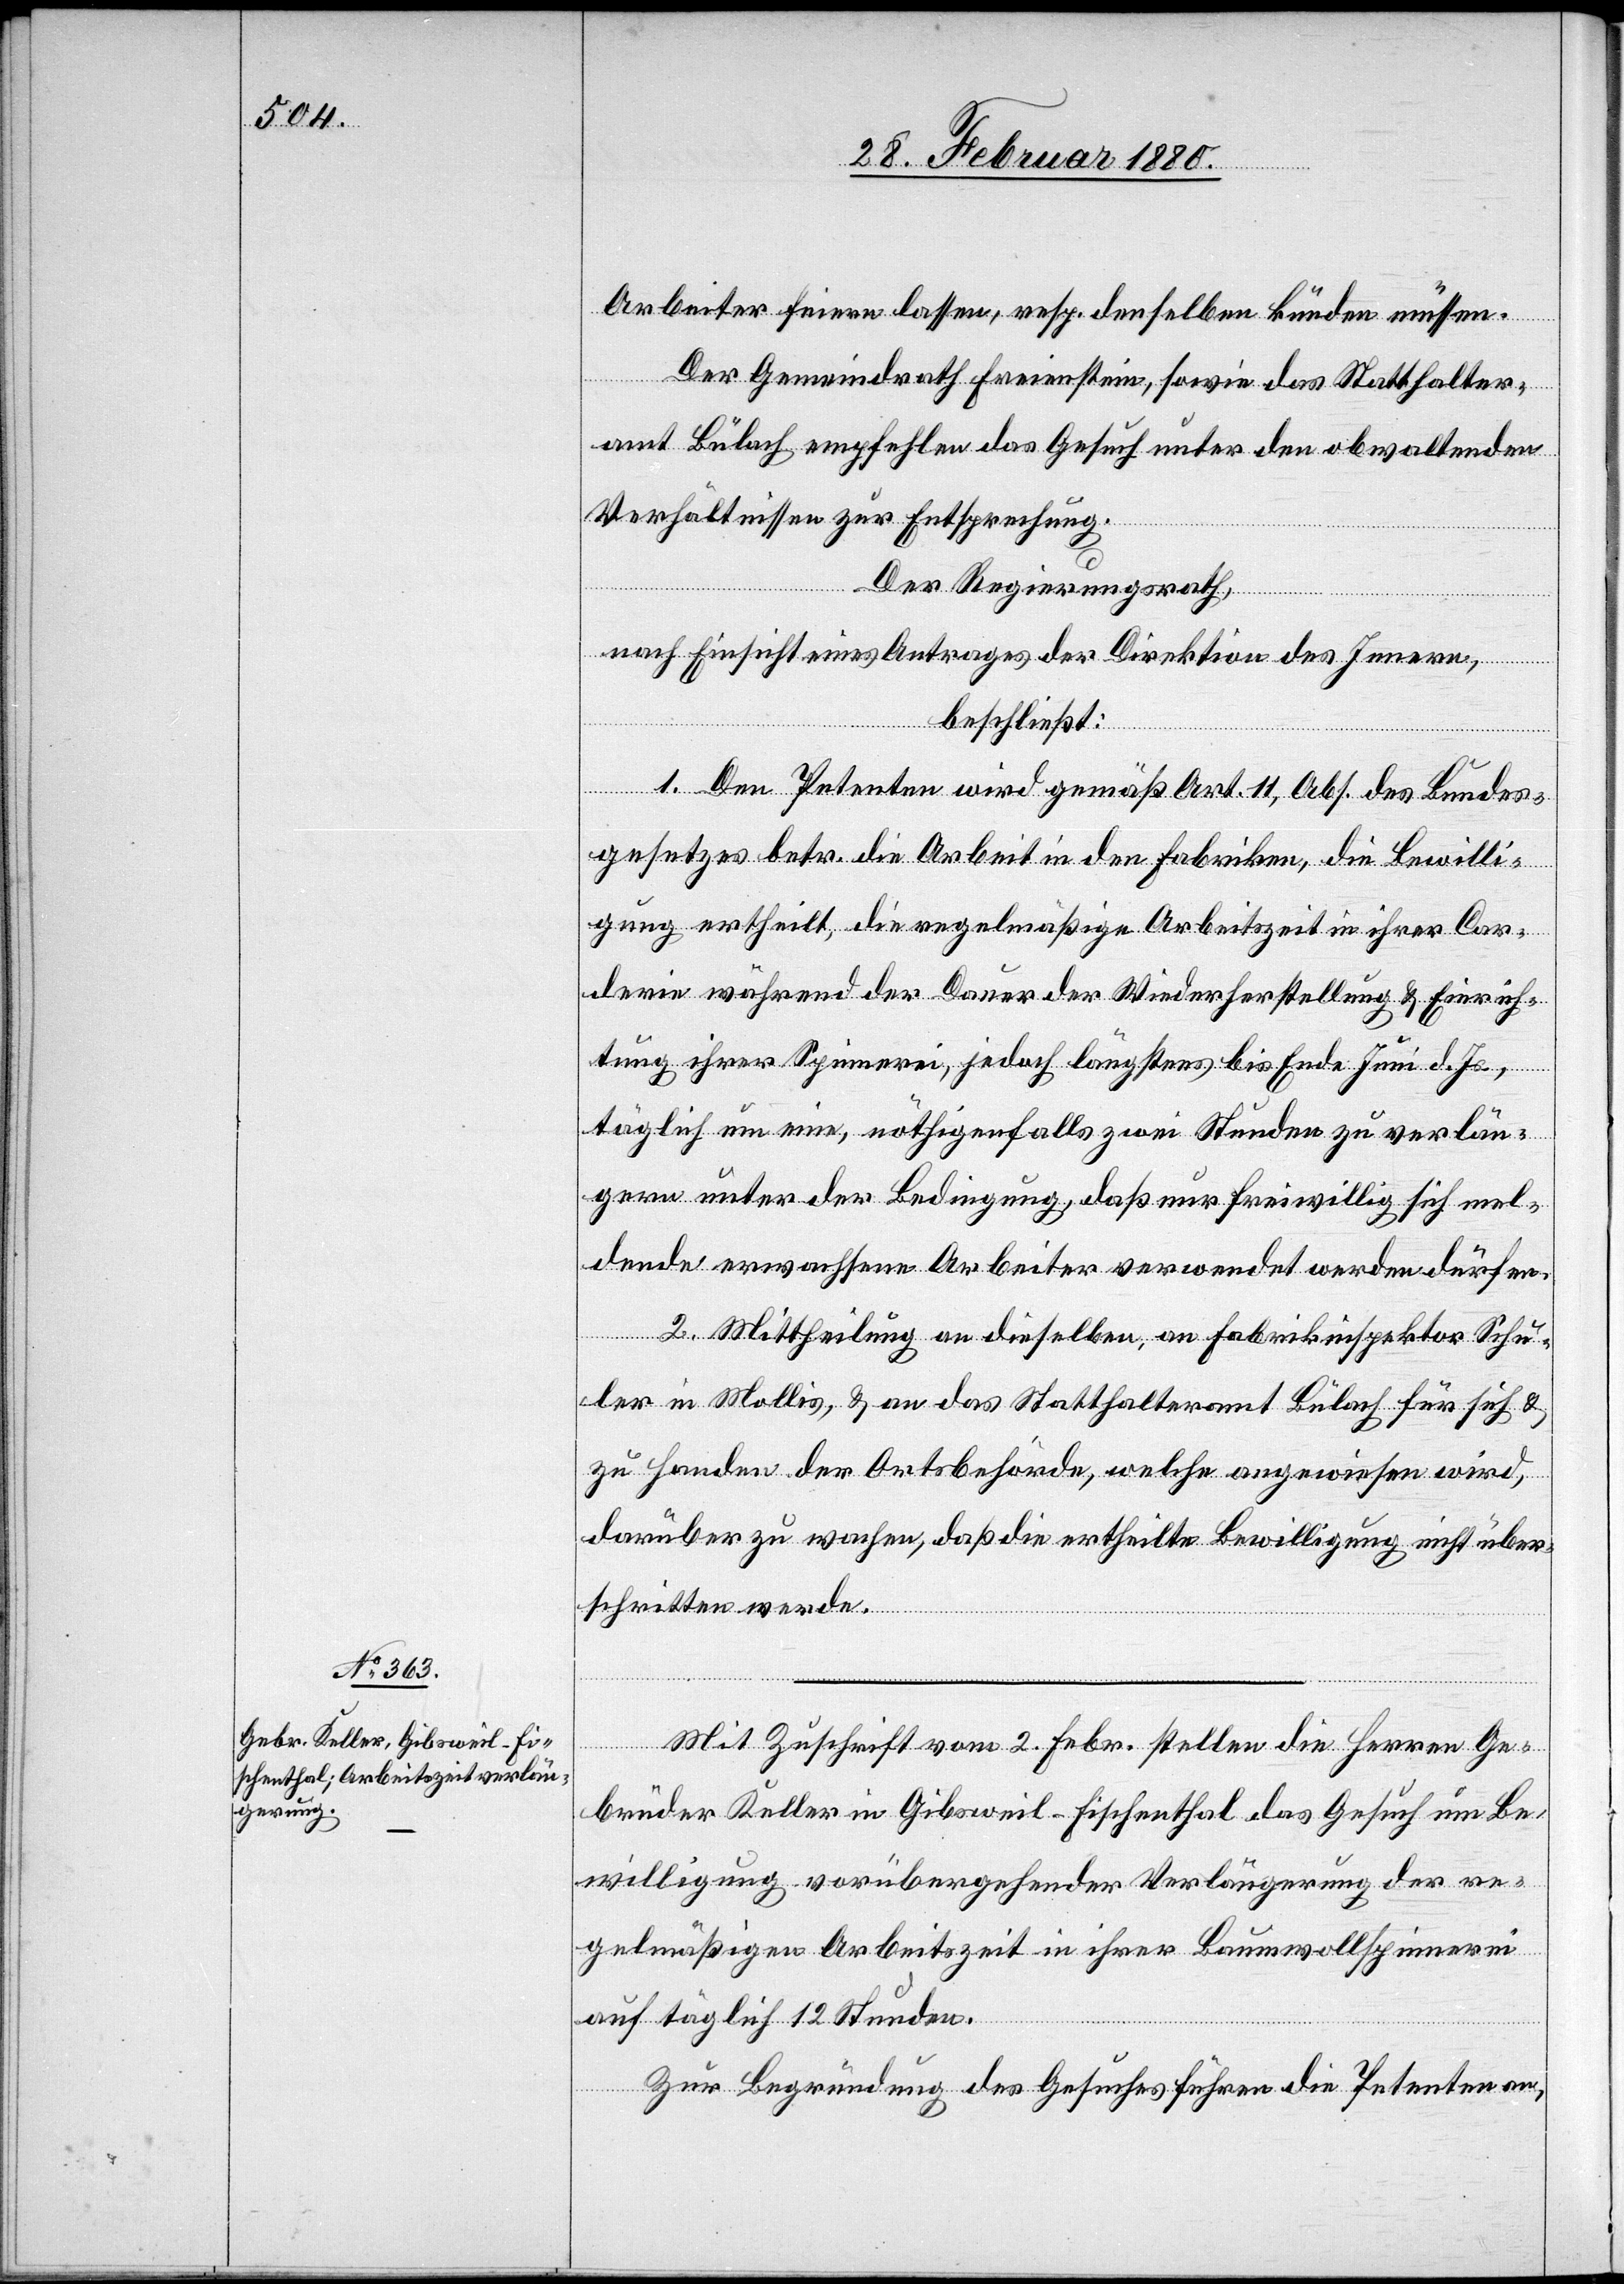
Arbeiter feiern lassen, resp. denselben künden müssen.
Der Gemeindrath Freienstein, sowie das Statthalter¬
amt Bülach empfehlen das Gesuch unter den obwaltenden
Verhältnissen zur Empfehlung.
Der Regierungsrath,
nach Einsicht eines Antrages der Direktion des Innern,
beschließt:
1. Den Petenten wird gemäß Art. 11, Abs. … des Bundes¬
gesetzes betr. die Arbeit in den Fabriken, die Bewilli¬
gung ertheilt, die regelmäßige Arbeitszeit in ihrer Car¬
derie während der Dauer der Wiederherstellung & Einrich¬
tung ihrer Spinnerei, jedoch längstens bis Ende Juni d. Js.
täglich um eine, nöthigenfalls zwei Stunden zu verlän¬
gern unter der Bedingung, daß nur freiwillig sich mel¬
dende erwachsene Arbeiter verwendet werden dürfen.
2. Mittheilung an dieselben, an Fabrikinspektor Schu¬
ler in Mollis, & an das Statthalteramt Bülach für sich &
zu Handen der Ortsbehörde, welche angewiesen wird,
darüber zu wachen, daß die ertheilte Bewilligung nicht über¬
schritten werde.
Mit Zuschrift vom 2. Febr. stellen die Herren Ge¬
brüder Keller in Gibsweil - Fischenthal das Gesuch um Be¬
willigung vorübergehender Verlängerung der re¬
gelmäßigen Arbeitszeit in ihrer Baumwollspinnerei
auf täglich 12 Stunden.
Zur Begründung des Gesuches führen die Petenten an,